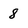
Character: 8